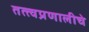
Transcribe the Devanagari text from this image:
तत्त्वप्रणालीचे